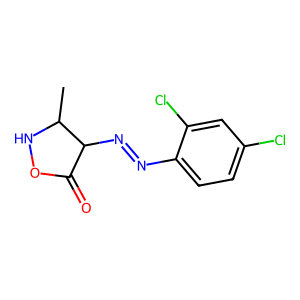
SMILES: CC1NOC(=O)C1N=Nc1ccc(Cl)cc1Cl
Inhibits HIV replication: No